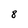
Character: 8